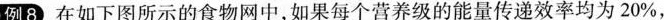
例8 在如下图所示的食物网中，如果每个营养级的能量传递效率均为20%，